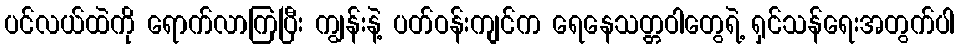
ပင်လယ်ထဲကို ရောက်လာကြပြီး ကျွန်းနဲ့ ပတ်ဝန်းကျင်က ရေနေသတ္တဝါတွေရဲ့ ရှင်သန်ရေးအတွက်ပါ